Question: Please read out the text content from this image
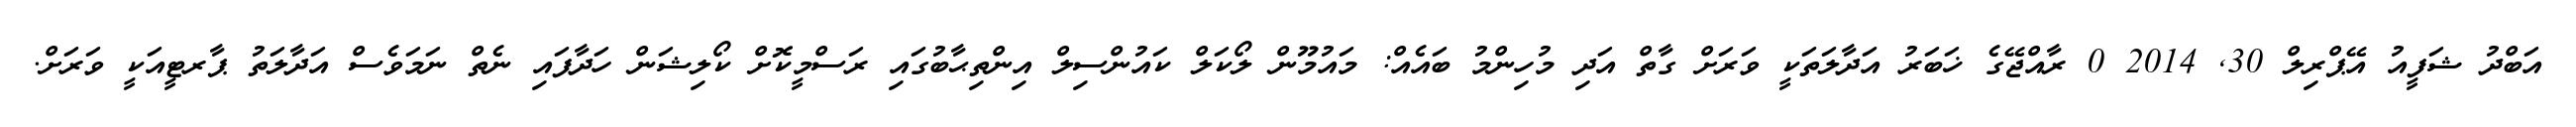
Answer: އަބްދު ޝަފީއު އޭޕްރިލް 30, 2014 0 ރާއްޖޭގެ ޚަބަރު އަދާލަތަކީ ވަރަށް ގާތް އަދި މުހިންމު ބައެއް: މައުމޫން ލޯކަލް ކައުންސިލް އިންތިޙާބުގައި ރަސްމީކޮށް ކޯލިޝަން ހަދާފައި ނެތް ނަމަވެސް އަދާލަތު ޕާރޓީއަކީ ވަރަށް.